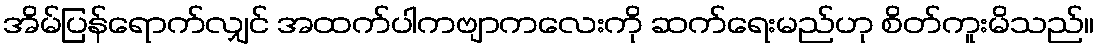
အိမ်ပြန်ရောက်လျှင် အထက်ပါကဗျာကလေးကို ဆက်ရေးမည်ဟု စိတ်ကူးမိသည်။